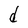
Character: d